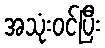
အသုံးဝင်ပြီး